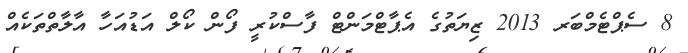
8 ސެޕްޓެމްބަރ 2013 ޒިޔަތުގެ އެޕާޓްމަންޓް ފާސްކުރީ ފޯން ކޯލް އަޑުއަހާ އާލާތްތަކެއް